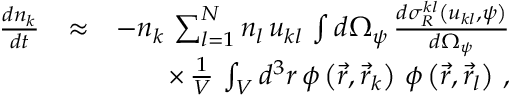
\begin{array} { r l r } { \frac { d n _ { k } } { d t } } & { \approx } & { - n _ { k } \, \sum _ { l = 1 } ^ { N } n _ { l } \, u _ { k l } \, \int d \Omega _ { \psi } \, \frac { d \sigma _ { R } ^ { k l } \left( u _ { k l } , \psi \right) } { d \Omega _ { \psi } } } \\ & { } & { \times \, \frac { 1 } { V } \, \int _ { V } d ^ { 3 } r \, \phi \left( \vec { r } , \vec { r } _ { k } \right) \, \phi \left( \vec { r } , \vec { r } _ { l } \right) \, , } \end{array}